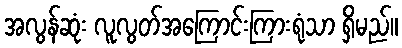
အလွန်ဆုံး လူလွတ်အကြောင်းကြားရုံသာ ရှိမည်။